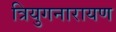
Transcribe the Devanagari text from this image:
त्रियुगनारायण